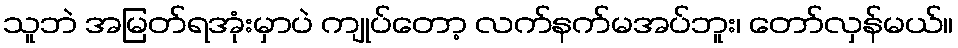
သူဘဲ အမြတ်ရအုံးမှာပဲ ကျုပ်တော့ လက်နက်မအပ်ဘူး၊ တော်လှန်မယ်။